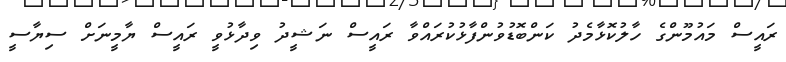
ރައީސް މައުމޫންގެ ހާލުކޮޅާމެދު ކަންބޮޑުވުންފާޅުކުރައްވާ ރައީސް ނަޝީދު ވިދާޅުވީ ރައީސް ޔާމީނަށް ސިޔާސީ